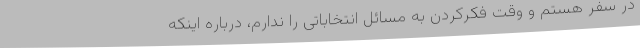
در سفر هستم و وقت فکرکردن به مسائل انتخاباتی را ندارم، درباره اینکه